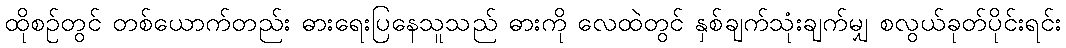
ထိုစဉ်တွင် တစ်ယောက်တည်း ဓားရေးပြနေသူသည် ဓားကို လေထဲတွင် နှစ်ချက်သုံးချက်မျှ စလွယ်ခုတ်ပိုင်းရင်း